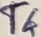
Text: T6